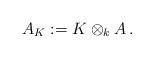
LaTeX: \begin{align*}A_K:=K\otimes_kA\,.\end{align*}